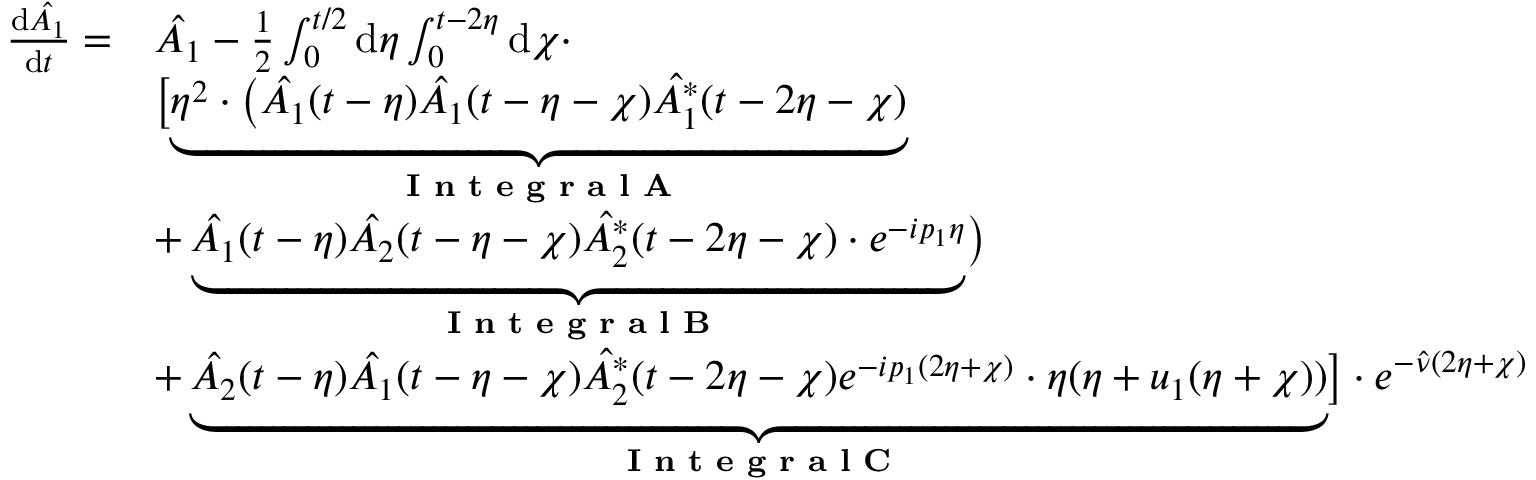
\begin{array} { r l } { \frac { \mathrm { d } \hat { A _ { 1 } } } { \mathrm { d } t } = } & { \hat { A _ { 1 } } - \frac { 1 } { 2 } \int _ { 0 } ^ { t / 2 } \mathrm { d } \eta \int _ { 0 } ^ { t - 2 \eta } \mathrm { d } \chi \cdot } \\ & { \bigl [ \underbrace { \eta ^ { 2 } \cdot \bigl ( \hat { A _ { 1 } } ( t - \eta ) \hat { A _ { 1 } } ( t - \eta - \chi ) \hat { A _ { 1 } ^ { * } } ( t - 2 \eta - \chi ) } _ { \textbf { I n t e g r a l A } } } \\ & { + \underbrace { \hat { A _ { 1 } } ( t - \eta ) \hat { A _ { 2 } } ( t - \eta - \chi ) \hat { A _ { 2 } ^ { * } } ( t - 2 \eta - \chi ) \cdot e ^ { - i p _ { 1 } \eta } } _ { \textbf { I n t e g r a l B } } \bigr ) } \\ & { + \underbrace { \hat { A _ { 2 } } ( t - \eta ) \hat { A _ { 1 } } ( t - \eta - \chi ) \hat { A _ { 2 } ^ { * } } ( t - 2 \eta - \chi ) e ^ { - i p _ { 1 } ( 2 \eta + \chi ) } \cdot \eta ( \eta + u _ { 1 } ( \eta + \chi ) ) } _ { \textbf { I n t e g r a l C } } \bigr ] \cdot e ^ { - \hat { \nu } ( 2 \eta + \chi ) } } \end{array}